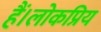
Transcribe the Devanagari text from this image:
हैं।लोकप्रिय